Studies on the mouth parts a Comparative anatomy of the proboscis in the blood-sucking muscidae - Number 60
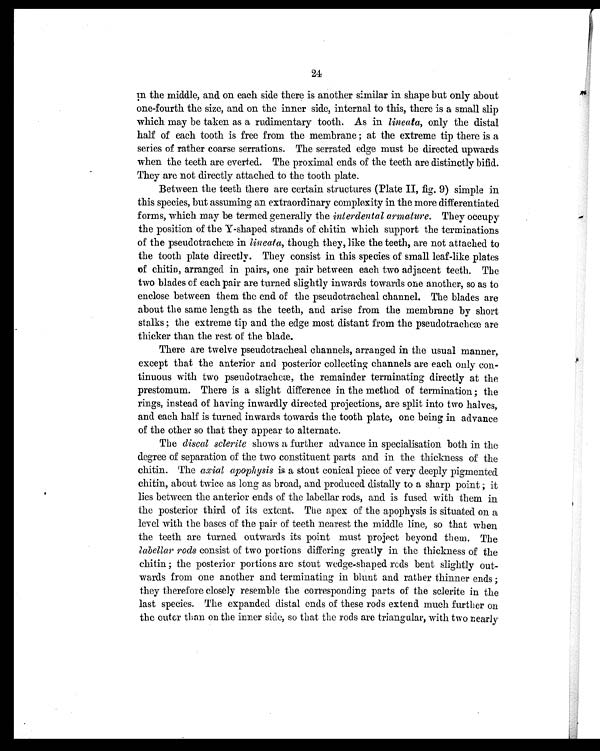
24
In
the middle, and on each side there is another similar in shape but only about
one-fourth the size, and on the inner side, internal to this, there is a small slip
which may be taken as a rudimentary tooth. As in lineata, only the distal
half of each tooth is free from the membrane ; at the extreme tip there is a
series of rather coarse serrations. The serrated edge must be directed upwards
when the teeth are everted. The proximal ends of the teeth are distinctly bifid.
They are not directly attached to the tooth plate.
Between the teeth there are certain structures (Plate II, fig. 9) simple in
this species, but assuming an extraordinary complexity in the more differentiated
forms, which may be termed generally the interdental armature. They occupy
the position of the Y-shaped strands of chitin which support the terminations
of the pseudotracheæ in lineata, though they, like the teeth, are not attached to
the tooth plate directly. They consist in this species of small leaf-like plates
of chitin, arranged in pairs, one pair between each two adjacent teeth. The
two blades of each pair are turned slightly inwards towards one another, so as to
enclose between them the end of the pseudotracheal channel. The blades are
about the same length as the teeth, and arise from the membrane by short
stalks; the extreme tip and the edge most distant from the pseudotracheæ are
thicker than the rest of the blade.
There are twelve pseudotracheal channels, arranged in the usual manner,
except that the anterior and posterior collecting channels are each only con-
tinuous with two pseudotracheæ, the remainder terminating directly at the
prestomum. There is a slight difference in the method of termination; the
rings, instead of having inwardly directed projections, are split into two halves,
and each half is turned inwards towards the tooth plate, one being in advance
of the other so that they appear to alternate.
The discal sclerite shows a further advance in specialisation both in the
degree of separation of the two constituent parts and in the thickness of the
chitin. The axial apophysis is a stout conical piece of very deeply pigmented
chitin, about twice as long as broad, and produced distally to a sharp point ; it
lies between the anterior ends of the labellar rods, and is fused with them in
the posterior third of its extent. The apex of the apophysis is situated on a
level with the bases of the pair of teeth nearest the middle line, so that when
the teeth are turned outwards its point must project beyond them. The
labellar rods consist of two portions differing greatly in the thickness of the
chitin ; the posterior portions are stout wedge-shaped rods bent slightly out-
wards from one another and terminating in blunt and rather thinner ends;
they therefore closely resemble the corresponding parts of the sclerite in the
last species. The expanded distal ends of these rods extend much further on
the outer than on the inner side, so that the rods are triangular, with two nearly